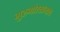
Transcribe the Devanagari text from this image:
गुरुगोरखनाथ